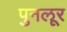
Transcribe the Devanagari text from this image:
पुनलूर